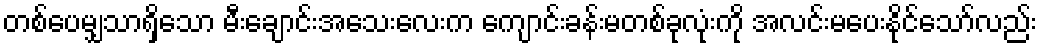
တစ်ပေမျှသာရှိသော မီးချောင်းအသေးလေးက ကျောင်းခန်းမတစ်ခုလုံးကို အလင်းမပေးနိုင်သော်လည်း